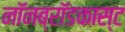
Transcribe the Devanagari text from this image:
नॉनब्रॉडकास्ट